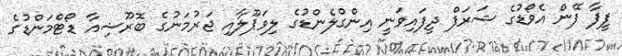
ފީފާ ފޭން އެވޯޑުގެ ޝަރަފް ދީފައިވަނީ އިންގްލެންޑުގެ ލިވަޕޫލާއި ޖަރުމަނުގެ ބޮރޫޝިއާ ޑޯޓްމަންޑުގެ